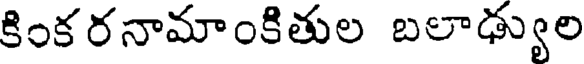
కింక రనామాంకితుల బలాఢ్యుల